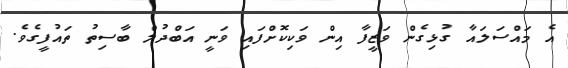
އެ މައްސަލައާ ގުޅިގެން ވަޒީފާ އިން ވަކިކޮށްފައި ވަނީ އަބްދުލް ބާސިތު ތައުފީގެވެ.